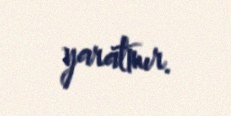
yaratmır.